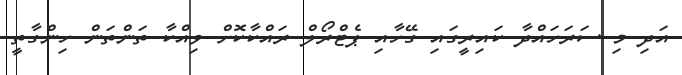
އަދި މި ސަރަހައްދާ ކައިރީގައި ގޭހާއި ޕެޓްރޯލް ރައްކާކޮށް ވިއްކާ ތަންތަން ހިންގާތީ